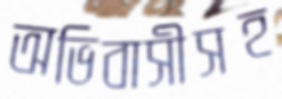
অভিবাসীসহ